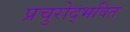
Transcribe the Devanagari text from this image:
प्रचुरोद्भवित